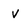
Character: v